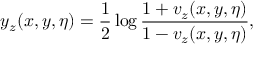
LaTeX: y _ { z } ( x , y , \eta ) = \frac { 1 } { 2 } \log \frac { 1 + v _ { z } ( x , y , \eta ) } { 1 - v _ { z } ( x , y , \eta ) } ,